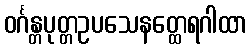
ဝင်္ဂန္တပုတ္တဥပသေနတ္ထေရဂါထာ